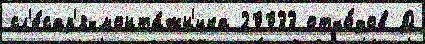
сл'е́сар'я-монта́жн'ика 20033 отхо́дов Д